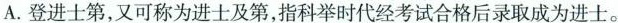
A. 登进士第，又可称为进士及第，指科举时代经考试合格后录取成为进士。